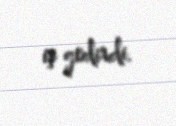
iş gedirdi.